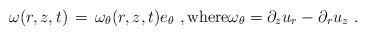
LaTeX: \begin{align*} \omega(r,z,t) \,=\, \omega_\theta(r,z,t)e_\theta~, \hbox{where}\omega_\theta = \partial_z u_r - \partial_r u_z~.\end{align*}